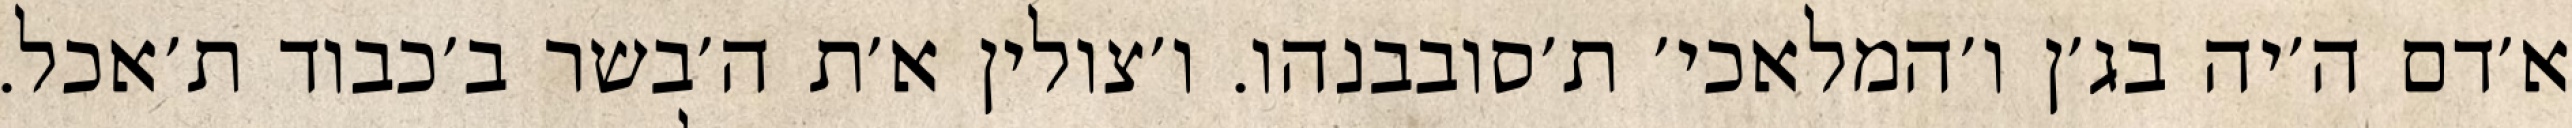
א׳דם ה׳יה בג׳ן ו׳המלאכי׳ ת׳סובבנהו. ו׳צולין א׳ת ה׳בשר ב׳כבוד ת׳אכל.